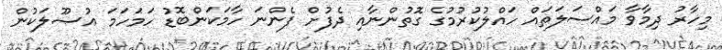
މިހާރު ދިމާވާ މައްސަލަތައް ހައްލުކުރުމުގެ ގޮތުންނާއި ދެފުށް ފެންނަ ހާމަކަންބޮޑު ހަމަހަމަ އުޞޫލަކުން